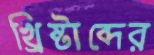
খ্রিষ্টাব্দের